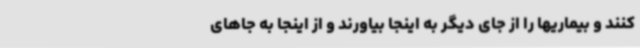
کنند و بیماریها را از جای دیگر به اینجا بیاورند و از اینجا به جاهای